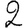
Digit: 2